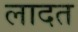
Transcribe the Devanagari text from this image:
लादत